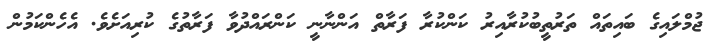
ޖުމްލައިގެ ބައިތައް ތަރުތީބުކުރާއިރު ކަންކުރާ ފަރާތް އަންނާނީ ކަންރައްދުވާ ފަރާތުގެ ކުރިއަށެވެ. އެހެންކަމުން